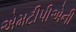
એમટીપીએની